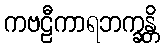
ကဗဠီကာရဘက္ခန္တိ